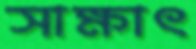
সাক্ষাৎ